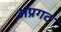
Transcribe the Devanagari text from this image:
अप्रगट